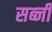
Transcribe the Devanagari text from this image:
सब्‍जी